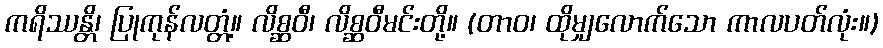
ကရိဿန္တိ၊ ပြုကုန်လတ္တံ့။ လိစ္ဆဝီ၊ လိစ္ဆဝီမင်းတို့။ (တာဝ၊ ထိုမျှလောက်သော ကာလပတ်လုံး။)